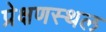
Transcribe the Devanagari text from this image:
प्रेक्षणस्थल